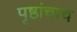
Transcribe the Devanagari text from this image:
पृष्ठांचाच